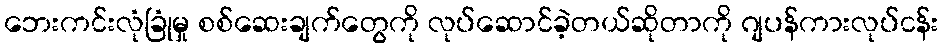
ဘေးကင်းလုံခြုံမှု စစ်ဆေးချက်တွေကို လုပ်ဆောင်ခဲ့တယ်ဆိုတာကို ဂျပန်ကားလုပ်ငန်း